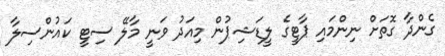
ގެންދާ ގޮތަށް ނިންމައި ޕާޓީގެ ލީޑަޝިޕުން މިއަދު ވަނީ މާލޭ ސިޓީ ކައުންސިލާ